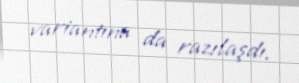
variantına da razılaşdı.